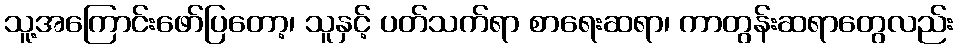
သူ့အကြောင်းဖော်ပြတော့၊ သူနှင့် ပတ်သက်ရာ စာရေးဆရာ၊ ကာတွန်းဆရာတွေလည်း